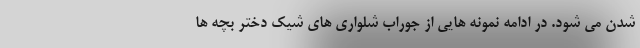
شدن می شود. در ادامه نمونه هایی از جوراب شلواری های شیک دختر بچه ها